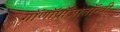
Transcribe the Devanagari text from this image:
गॉणॉप्रॉजातॉन्त्री